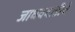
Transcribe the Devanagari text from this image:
जाधववाडीचे